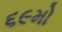
૬૯મો